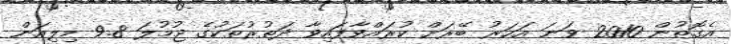
އެގޮތުން 2010 ވަނަ އަހަރު ބޭރަށް ކުރައްވާފައިވާ ދަތުރުތަކުގެ ޖުމުލަ 9.8 މިލިއަން